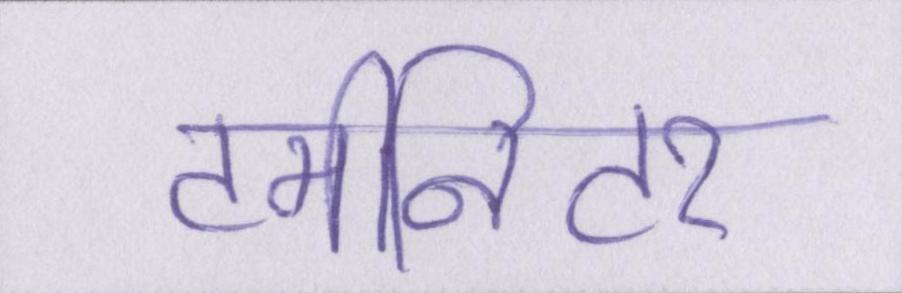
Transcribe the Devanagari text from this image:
टर्मीनेटर